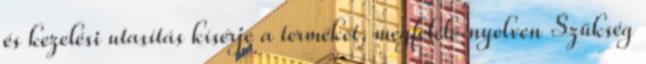
és kezelési utasítás kísérje a terméket, megfelelő nyelven Szükség